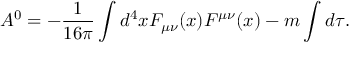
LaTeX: { \cal A } ^ { 0 } = - \frac { 1 } { 1 6 \pi } \int d ^ { 4 } x F _ { \mu \nu } ( x ) F ^ { \mu \nu } ( x ) - m \int d \tau .